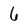
Character: 6